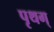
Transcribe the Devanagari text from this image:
पृथग्